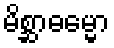
မိစ္ဆာဓမ္မော